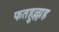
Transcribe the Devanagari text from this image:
फतहुल्लाह